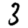
Digit: 3